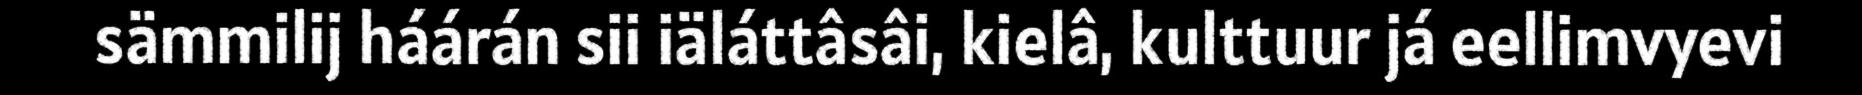
sämmilij háárán sii iäláttâsâi, kielâ, kulttuur já eellimvyevi